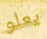
يعلو